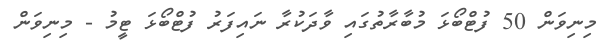
މިނިވަން 50 ފުޓްބޯޅަ މުބާރާތުގައި ވާދަކުރާ ނައިފަރު ފުޓްބޯޅަ ޓީމު - މިނިވަން